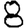
Digit: 8